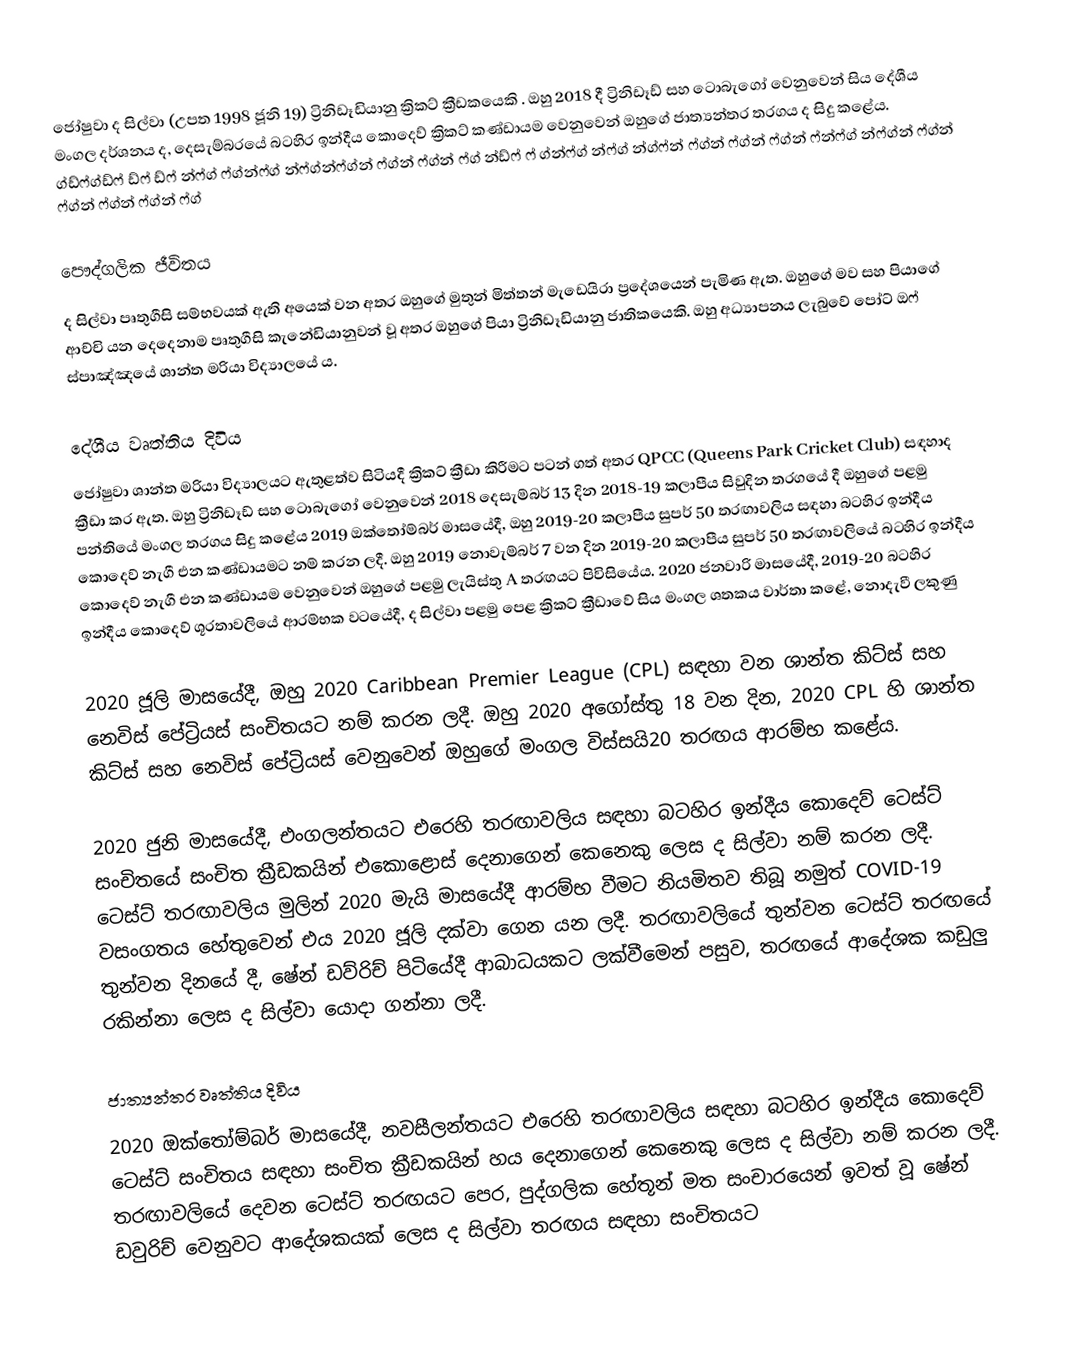
ජෝෂුවා ද සිල්වා (උපත 1998 ජූනි 19) ට්‍රිනිඩෑඩියානු ක්‍රිකට් ක්‍රීඩකයෙකි .  ඔහු 2018 දී ට්‍රිනිඩෑඩ් සහ ටොබැගෝ වෙනුවෙන් සිය දේශීය මංගල දර්ශනය ද,  දෙසැම්බරයේ බටහිර ඉන්දීය කොදෙව් ක්‍රිකට් කණ්ඩායම වෙනුවෙන් ඔහුගේ ජාත්‍යන්තර තරගය ද සිදු කළේය. ග්ඩ්ෆ්ග්ඩ්ෆ් ඩ්ෆ් ඩ්ෆ් න්ෆ්ග් ෆ්ග්න්ෆ්ග් න්ෆ්ග්න්ෆ්ග්න් ෆ්ග්න් ෆ්ග්න් ෆ්ග් න්ඩ්ෆ් ෆ් ග්න්ෆ්ග් න්ෆ්ග් න්ග්ෆ්න් ෆ්ග්න් ෆ්ග්න් ෆ්ග්න් ෆ්න්ෆ්ග් න්ෆ්ග්න් ෆ්ග්න් ෆ්ග්න් ෆ්ග්න් ෆ්ග්න් ෆ්ග්

පෞද්ගලික ජීවිතය
ද සිල්වා පෘතුගීසි සම්භවයක් ඇති අයෙක් වන අතර ඔහුගේ මුතුන් මිත්තන් මැඩෙයිරා ප්‍රදේශයෙන් පැමිණ ඇත. ඔහුගේ මව සහ පියාගේ ආච්චි යන දෙදෙනාම පෘතුගීසි කැනේඩියානුවන් වූ අතර ඔහුගේ පියා ට්‍රිනිඩෑඩියානු ජාතිකයෙකි.  ඔහු අධ්‍යාපනය ලැබුවේ පෝට් ඔෆ් ස්පාඤ්ඤයේ ශාන්ත මරියා විද්‍යාලයේ ය.

දේශීය වෘත්තිය දිවිය
ජෝෂුවා ශාන්ත මරියා විද්‍යාලයට ඇතුළත්ව සිටියදී ක්‍රිකට් ක්‍රීඩා කිරීමට පටන් ගත් අතර QPCC (Queens Park Cricket Club) සඳහාද ක්‍රීඩා කර ඇත. ඔහු ට්‍රිනිඩෑඩ් සහ ටොබැගෝ වෙනුවෙන් 2018 දෙසැම්බර් 13 දින 2018-19 කලාපීය සිවුදින තරගයේ දී ඔහුගේ පළමු පන්තියේ මංගල තරගය සිදු කළේය  2019 ඔක්තෝම්බර් මාසයේදී, ඔහු 2019-20 කලාපීය සුපර් 50 තරඟාවලිය සඳහා බටහිර ඉන්දීය කොදෙව් නැගී එන කණ්ඩායමට නම් කරන ලදී.  ඔහු 2019 නොවැම්බර් 7 වන දින 2019-20 කලාපීය සුපර් 50 තරඟාවලියේ බටහිර ඉන්දීය කොදෙව් නැගී එන කණ්ඩායම වෙනුවෙන් ඔහුගේ පළමු ලැයිස්තු A තරඟයට පිවිසියේය.  2020 ජනවාරි මාසයේදී, 2019-20 බටහිර ඉන්දීය කොදෙව් ශූරතාවලියේ ආරම්භක වටයේදී, ද සිල්වා පළමු පෙළ ක්‍රිකට් ක්‍රීඩාවේ සිය මංගල ශතකය වාර්තා කළේ, නොදැවී ලකුණු

2020 ජූලි මාසයේදී, ඔහු 2020 Caribbean Premier League (CPL) සඳහා වන ශාන්ත කිට්ස් සහ නෙවිස් පේට්‍රියස් සංචිතයට නම් කරන ලදී.   ඔහු 2020 අගෝස්තු 18 වන දින, 2020 CPL හි ශාන්ත කිට්ස් සහ නෙවිස් පේට්‍රියස් වෙනුවෙන් ඔහුගේ මංගල විස්සයි20 තරඟය ආරම්භ කළේය.

2020 ජුනි මාසයේදී, එංගලන්තයට එරෙහි තරඟාවලිය සඳහා බටහිර ඉන්දීය කොදෙව් ටෙස්ට් සංචිතයේ සංචිත ක්‍රීඩකයින් එකොළොස් දෙනාගෙන් කෙනෙකු ලෙස ද සිල්වා නම් කරන ලදී.  ටෙස්ට් තරඟාවලිය මුලින් 2020 මැයි මාසයේදී ආරම්භ වීමට නියමිතව තිබූ නමුත් COVID-19 වසංගතය හේතුවෙන් එය 2020 ජූලි දක්වා ගෙන යන ලදී.  තරඟාවලියේ තුන්වන ටෙස්ට් තරඟයේ තුන්වන දිනයේ දී, ෂේන් ඩව්රිච් පිටියේදී ආබාධයකට ලක්වීමෙන් පසුව, තරඟයේ ආදේශක කඩුලු රකින්නා ලෙස ද සිල්වා යොදා ගන්නා ලදී.

ජාත්‍යන්තර වෘත්තිය දිවිය
2020 ඔක්තෝම්බර් මාසයේදී, නවසීලන්තයට එරෙහි තරඟාවලිය සඳහා බටහිර ඉන්දීය කොදෙව් ටෙස්ට් සංචිතය සඳහා සංචිත ක්‍රීඩකයින් හය දෙනාගෙන් කෙනෙකු ලෙස ද සිල්වා නම් කරන ලදී.  තරඟාවලියේ දෙවන ටෙස්ට් තරඟයට පෙර, පුද්ගලික හේතූන් මත සංචාරයෙන් ඉවත් වූ ෂේන් ඩවුරිච්  වෙනුවට ආදේශකයක් ලෙස ද සිල්වා තරඟය සඳහා සංචිතයට